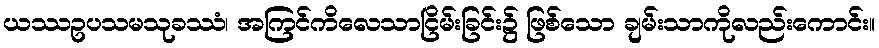
ယဿဥပသမသုခဿံ၊ အကြင်ကိလေသာငြိမ်းခြင်း၌ ဖြစ်သော ချမ်းသာကိုလည်းကောင်း။